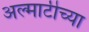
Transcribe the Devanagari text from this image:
अल्माटीच्या